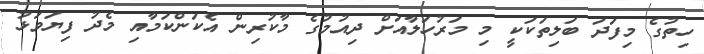
ހިތުގެ މިފަދަ ބަލިތަކަކީ މި މަރުހަލާއަށް ދިއުމުގެ މާކުރިން އެކަންކަމާއި މެދު ފިޔަވަޅު